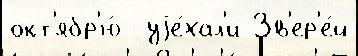
окт'ябр'ю́  уjе́хал'и Зв'ер'е́й